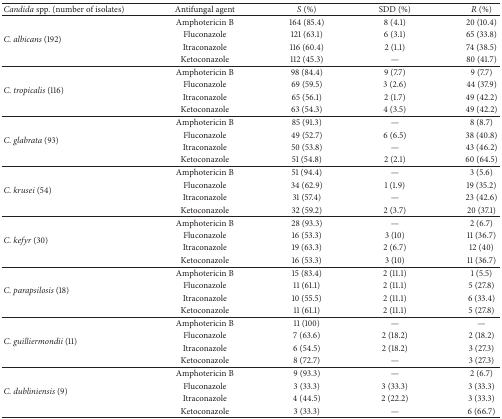
<table><thead><tr><td><b><i>Candida</i> spp. (number of isolates) </b></td><td><b>Antifungal agent </b></td><td><b><i>S</i> (%)</b></td><td><b>SDD (%) </b></td><td><b><i>R</i> (%)</b></td></tr></thead><tbody><tr><td rowspan="4"><i>C. albicans</i> (192)</td><td>Amphotericin B</td><td>164 (85.4)</td><td>8 (4.1)</td><td>20 (10.4)</td></tr><tr><td>Fluconazole</td><td>121 (63.1)</td><td>6 (3.1)</td><td>65 (33.8)</td></tr><tr><td>Itraconazole</td><td>116 (60.4)</td><td>2 (1.1)</td><td>74 (38.5)</td></tr><tr><td>Ketoconazole</td><td>112 (45.3)</td><td>—</td><td>80 (41.7)</td></tr><tr><td rowspan="4"><i>C. tropicalis</i> (116)</td><td>Amphotericin B</td><td>98 (84.4)</td><td>9 (7.7)</td><td>9 (7.7)</td></tr><tr><td>Fluconazole</td><td>69 (59.5)</td><td>3 (2.6)</td><td>44 (37.9)</td></tr><tr><td>Itraconazole</td><td>65 (56.1)</td><td>2 (1.7)</td><td>49 (42.2)</td></tr><tr><td>Ketoconazole</td><td>63 (54.3)</td><td>4 (3.5)</td><td>49 (42.2)</td></tr><tr><td rowspan="4"><i>C. glabrata</i> (93)</td><td>Amphotericin B</td><td>85 (91.3)</td><td>—</td><td>8 (8.7)</td></tr><tr><td>Fluconazole</td><td>49 (52.7)</td><td>6 (6.5)</td><td>38 (40.8)</td></tr><tr><td>Itraconazole</td><td>50 (53.8)</td><td>—</td><td>43 (46.2)</td></tr><tr><td>Ketoconazole</td><td>51 (54.8)</td><td>2 (2.1)</td><td>60 (64.5)</td></tr><tr><td rowspan="4"><i>C. krusei</i> (54)</td><td>Amphotericin B</td><td>51 (94.4)</td><td>—</td><td>3 (5.6)</td></tr><tr><td>Fluconazole</td><td>34 (62.9)</td><td>1 (1.9)</td><td>19 (35.2)</td></tr><tr><td>Itraconazole</td><td>31 (57.4)</td><td>—</td><td>23 (42.6)</td></tr><tr><td>Ketoconazole</td><td>32 (59.2)</td><td>2 (3.7)</td><td>20 (37.1)</td></tr><tr><td rowspan="4"><i>C. kefyr</i> (30)</td><td>Amphotericin B</td><td>28 (93.3)</td><td>—</td><td>2 (6.7)</td></tr><tr><td>Fluconazole</td><td>16 (53.3)</td><td>3 (10)</td><td>11 (36.7)</td></tr><tr><td>Itraconazole</td><td>19 (63.3)</td><td>2 (6.7)</td><td>12 (40)</td></tr><tr><td>Ketoconazole</td><td>16 (53.3)</td><td>3 (10)</td><td>11 (36.7)</td></tr><tr><td rowspan="4"><i>C. parapsilosis</i> (18)</td><td>Amphotericin B</td><td>15 (83.4)</td><td>2 (11.1)</td><td>1 (5.5)</td></tr><tr><td>Fluconazole</td><td>11 (61.1)</td><td>2 (11.1)</td><td>5 (27.8)</td></tr><tr><td>Itraconazole</td><td>10 (55.5)</td><td>2 (11.1)</td><td>6 (33.4)</td></tr><tr><td>Ketoconazole</td><td>11 (61.1)</td><td>2 (11.1)</td><td>5 (27.8)</td></tr><tr><td rowspan="4"><i>C. guilliermondii</i> (11)</td><td>Amphotericin B</td><td>11 (100)</td><td>—</td><td>—</td></tr><tr><td>Fluconazole</td><td>7 (63.6)</td><td>2 (18.2)</td><td>2 (18.2)</td></tr><tr><td>Itraconazole</td><td>6 (54.5)</td><td>2 (18.2)</td><td>3 (27.3)</td></tr><tr><td>Ketoconazole</td><td>8 (72.7)</td><td>—</td><td>3 (27.3)</td></tr><tr><td rowspan="4"><i>C. dubliniensis</i> (9)</td><td>Amphotericin B</td><td>9 (93.3)</td><td>—</td><td>2 (6.7)</td></tr><tr><td>Fluconazole</td><td>3 (33.3)</td><td>3 (33.3)</td><td>3 (33.3)</td></tr><tr><td>Itraconazole</td><td>4 (44.5)</td><td>2 (22.2)</td><td>3 (33.3)</td></tr><tr><td>Ketoconazole</td><td>3 (33.3)</td><td>—</td><td>6 (66.7)</td></tr></tbody></table>